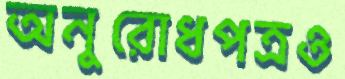
অনুরোধপত্রও